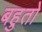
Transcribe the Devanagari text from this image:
बहुतो